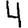
Digit: 4